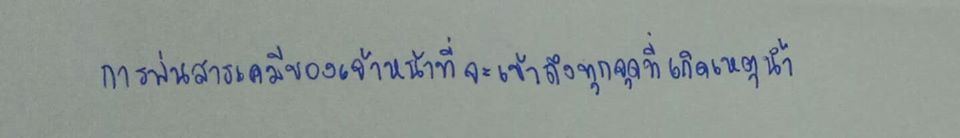
การพ่นสารเคมีของเจ้าหน้าที่จะเข้าถึงทุกจุดที่เกิดเหตุน้ำ